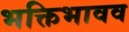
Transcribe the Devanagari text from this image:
भक्तिभावव